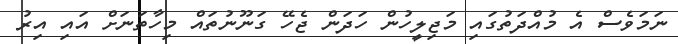
ނަމަވެސް އެ މުއްދަތުގައި މަޖިލީހުން ހަދަން ޖެހޭ ގަނޫނުތައް މިހާތަނަށް އައި އިރު